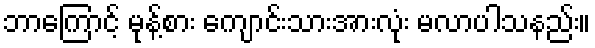
ဘာကြောင့် မုန့်စား ကျောင်းသားအားလုံး မလာပါသနည်း။